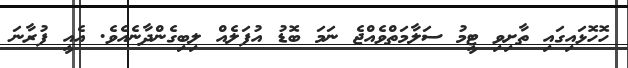
ހޮހޮޅައިގައި ތާށިވި ޓީމު ސަލާމަތްވެއްޖެ ނަމަ ބޮޑު އުފަލެއް ލިބިގެންދާނެއެވެ. އެއީ ފުރާނަ